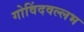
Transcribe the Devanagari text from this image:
गोविंदवल्लभ